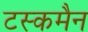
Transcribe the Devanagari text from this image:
टस्कमैन